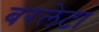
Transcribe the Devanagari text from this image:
बरलेटा